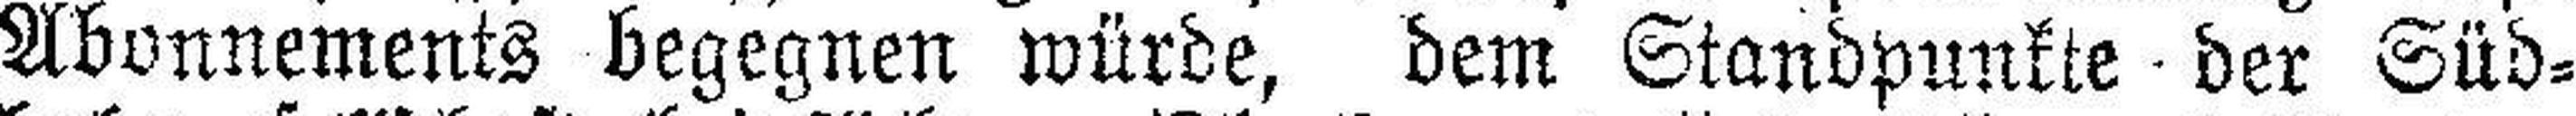
Abonnements begegnen würde, dem Standpunkte der Süd¬